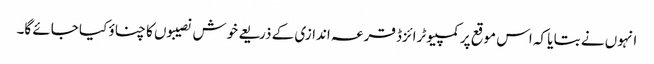
انہوں نے بتا یا کہ اس موقع پر کمپیوٹرائزڈ قرعہ اندازی کے ذریعے خوش نصیبوں کا چناؤ کیا جائے گا۔